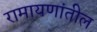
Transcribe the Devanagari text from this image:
रामायणांतील